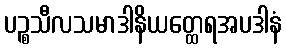
ပဉ္စသီလသမာဒါနိယတ္ထေရအပဒါနံ